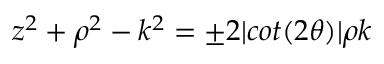
z ^ { 2 } + \rho ^ { 2 } - k ^ { 2 } = \pm 2 \vert c o t ( 2 \theta ) \vert \rho k